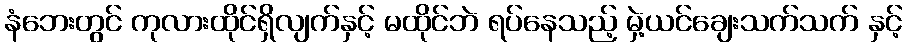
နံဘေးတွင် ကုလားထိုင်ရှိလျက်နှင့် မထိုင်ဘဲ ရပ်နေသည့် မှဲ့ယင်ချေးသက်သက် နှင့်